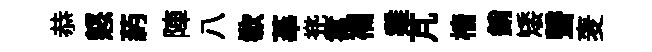
恭怒葯陣八欷莘兠禽襴雞芃檣銷矮聲麦